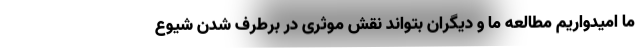
ما امیدواریم مطالعه ما و دیگران بتواند نقش موثری در برطرف شدن شیوع